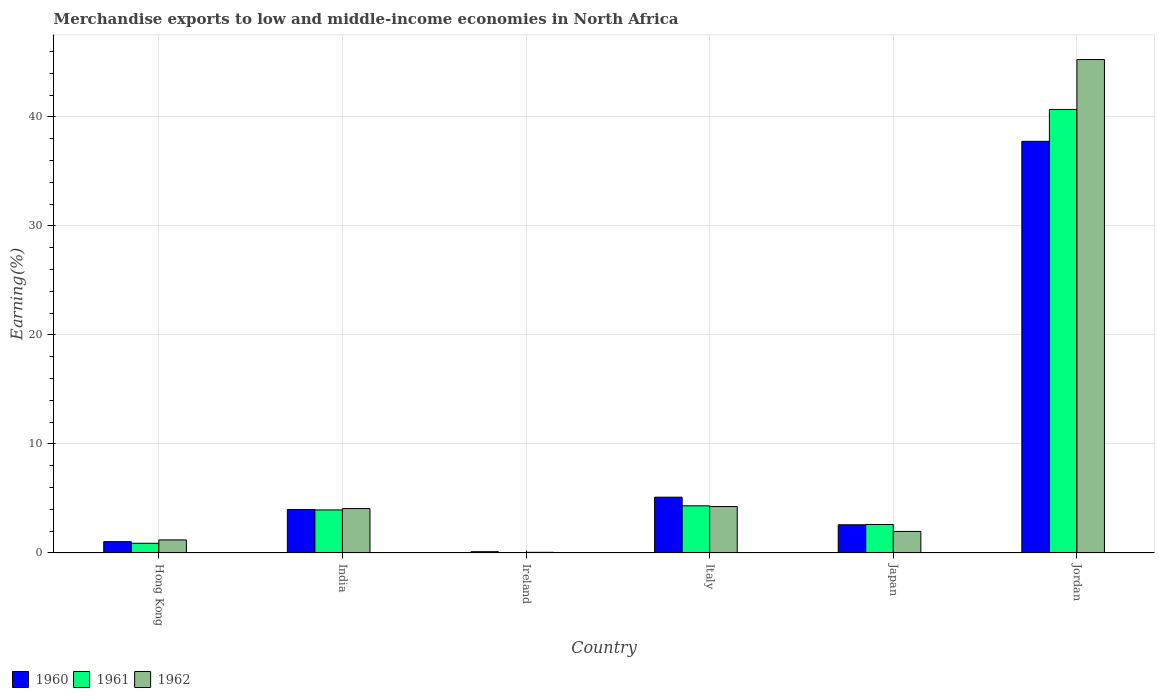
| Country | 1960 | 1961 | 1962 |
 | --- | --- | --- | --- |
 | Hong Kong | 1.04 | 0.891 | 1.2 |
 | India | 3.99 | 3.95 | 4.07 |
 | Ireland | 0.118 | 0.0397 | 0.0617 |
 | Italy | 5.12 | 4.33 | 4.26 |
 | Japan | 2.59 | 2.62 | 1.98 |
 | Jordan | 37.8 | 40.7 | 45.3 |